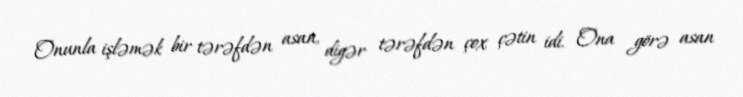
Onunla işləmək bir tərəfdən asan, digər tərəfdən çox çətin idi. Ona görə asan